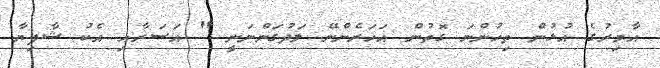
އާމިރުގެ އުޅުން ތިހުންނަ ގޮތުން އަހަރެންނޭ ލަދުގަންނަނީ " އަސަރާއި އެކު ޝާފިޔާ